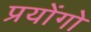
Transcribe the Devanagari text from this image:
प्रयोंगो